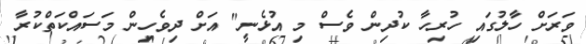
ވަރަށް ހާލުގައި ހުރިހާ ކުދިން ވެސް މި އުޅެނީ" އަށް ދިވެހިން މަސައްކަތްކުރާ